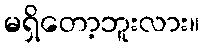
မရှိတော့ဘူးလား။